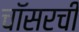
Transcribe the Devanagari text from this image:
चॉसरची